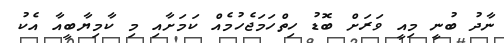
ނާދު ބުނީ މިއީ ވަރަށް ބޮޑު ހިތްހަމަޖެހުމެއް ކަމަށާއި މި ކާމިޔާބީއާ އެކު